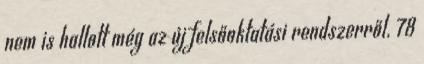
nem is hallott még az új felsőoktatási rendszerről. 78